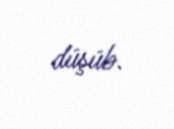
düşüb.